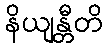
နိယျန္တီတိ